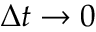
\Delta t \rightarrow 0